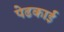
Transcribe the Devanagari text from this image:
पेढकाई